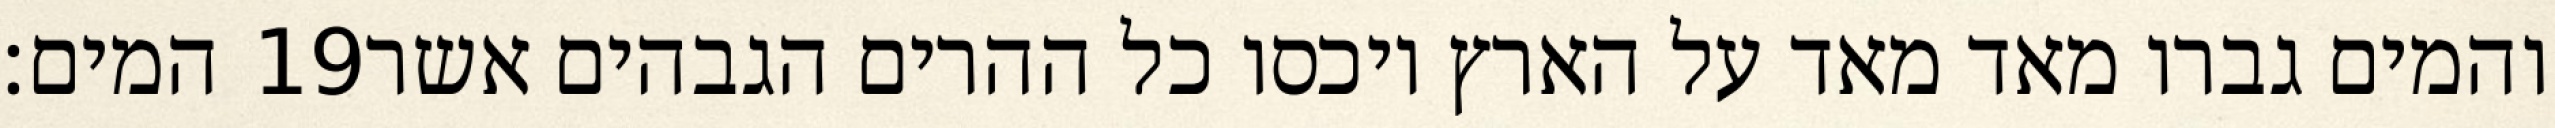
המים׃ ‎19‏ והמים גברו מאד מאד על הארץ ויכסו כל ההרים הגבהים אשר